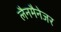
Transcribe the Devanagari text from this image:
लैनमैनेजर